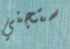
ستجني